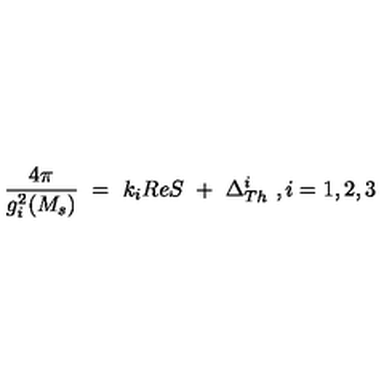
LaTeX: { \frac { 4 \pi } { g _ { i } ^ { 2 } ( M _ { s } ) } } \ = \ k _ { i } R e S \ + \ \Delta _ { T h } ^ { i } \ , i = 1 , 2 , 3